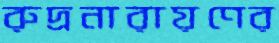
রুদ্রনারায়ণের